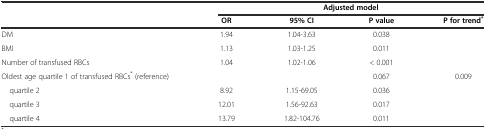
|  | <COLSPAN=4> Adjusted model |
 |  | OR | 95% CI | P value | P for trend* |
 | --- | --- | --- | --- | --- |
 | DM | 1.94 | 1.04-3.63 | 0.038 |  |
 | BMI | 1.13 | 1.03-1.25 | 0.011 |  |
 | Number of transfused RBCs | 1.04 | 1.02-1.06 | < 0.001 |  |
 | Oldest age quartile 1 of transfused RBCs* (reference) |  |  | 0.067 | 0.009 |
 | quartile 2 | 8.92 | 1.15-69.05 | 0.036 |  |
 | quartile 3 | 12.01 | 1.56-92.63 | 0.017 |  |
 | quartile 4 | 13.79 | 1.82-104.76 | 0.011 |  |